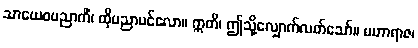
သာယေဝပညာကိံ၊ ထိုပညာပင်လော။ ဣတိ၊ ဤသို့လျှောက်လတ်သော်။ မဟာရာဇ၊